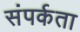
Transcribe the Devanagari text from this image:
संपर्कता